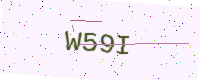
Text: W59I